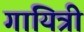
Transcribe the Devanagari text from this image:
गायित्री